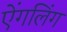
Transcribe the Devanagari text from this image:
ऐंगलिंग